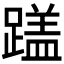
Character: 𬧏